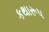
કથારૂપ